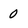
Character: 0